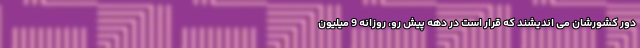
دور کشورشان می اندیشند که قرار است در دهه پیش رو، روزانه 9 میلیون